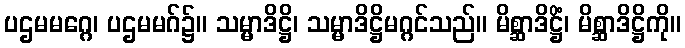
ပဌမမဂ္ဂေ၊ ပဌမမဂ်၌။ သမ္မာဒိဋ္ဌိ၊ သမ္မာဒိဋ္ဌိမဂ္ဂင်သည်။ မိစ္ဆာဒိဋ္ဌိံ၊ မိစ္ဆာဒိဋ္ဌိကို။